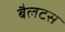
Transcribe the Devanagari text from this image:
बैलटस